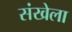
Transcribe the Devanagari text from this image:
संखेला